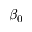
\beta _ { 0 }